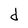
Character: d